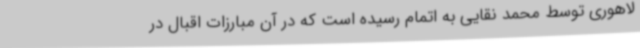
لاهوری توسط محمد نقایی به اتمام رسیده است که در آن مبارزات اقبال در